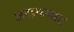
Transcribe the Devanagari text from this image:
जलकपाट